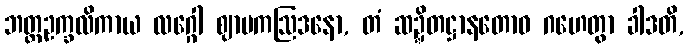
ဘတ္တဥက္ခလိကာယ လဂ္ဂေါ ဈာမကဩဒနော, တံ ဆဍ္ဍိတဋ္ဌာနတောဝ ဂဟေတွာ ခါဒတိ,